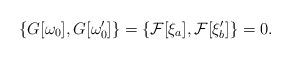
LaTeX: \begin{align*}\{G[\omega_0],G[\omega_0']\}= \{{\cal F}[\xi_a],{\cal F}[\xi_b']\}=0.\end{align*}